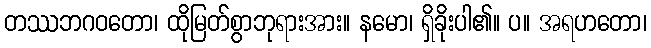
တဿဘဂဝတော၊ ထိုမြတ်စွာဘုရားအား။ နမော၊ ရှိခိုးပါ၏။ ပ။ အရဟတော၊